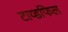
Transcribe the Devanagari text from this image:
टाय्डफिल